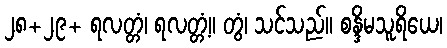
၂၈+၂၉+ ရလတ္တံ၊ ရလတ္တံ့။ တွံ၊ သင်သည်။ စန္ဒိမသူရိယေ၊